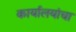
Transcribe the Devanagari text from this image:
कार्यालयांचा